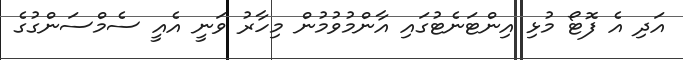
އަދި އެ ފޮޓޯ މުޅި އިންޓަނެޓުގައި އާންމުވުމުން މިހާރު ވަނީ އެއީ ސެމްސަންގުގެ